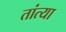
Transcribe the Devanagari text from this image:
तांत्‍या